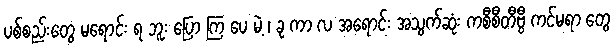
ပစ်စည်းတွေ မရောင်း ရ ဘူး ပြော ကြ ပေ မဲ့ ၊ ခု ကာ လ အရောင်း အသွက်ဆုံး ကစီစီတီဗွီ ကင်မရာ တွေ